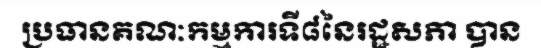
ប្រធានគណៈកម្មការទី៨នៃរដ្ឋសភា បាន